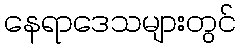
နေရာဒေသများတွင်